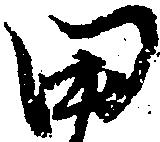
田